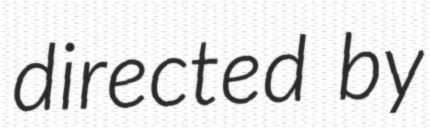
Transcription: directed by